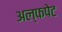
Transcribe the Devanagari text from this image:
अल्फपेट